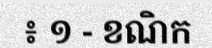
៖ ១ - ខណិក